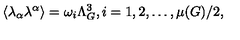
\langle \lambda _ { \alpha } \lambda ^ { \alpha } \rangle = \omega _ { i } \Lambda _ { G } ^ { 3 } , i = 1 , 2 , \ldots , \mu ( G ) / 2 ,